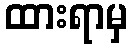
ထားရာမှ